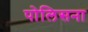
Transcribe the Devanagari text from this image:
पोलिसना